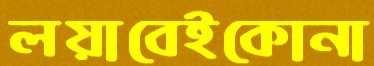
লয়াবেইকোনা